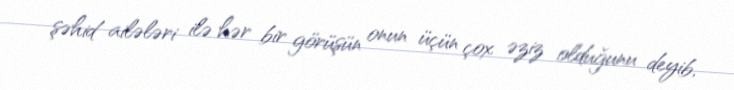
şəhid ailələri ilə hər bir görüşün onun üçün çox əziz olduğunu deyib,